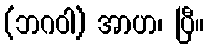
(ဘဂဝါ) အာဟ၊ ပြီ။